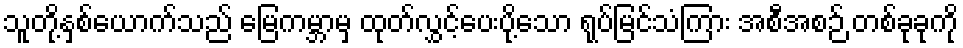
သူတို့နှစ်ယောက်သည် မြေကမ္ဘာမှ ထုတ်လွှင့်ပေးပို့သော ရုပ်မြင်သံကြား အစီအစဉ် တစ်ခုခုကို